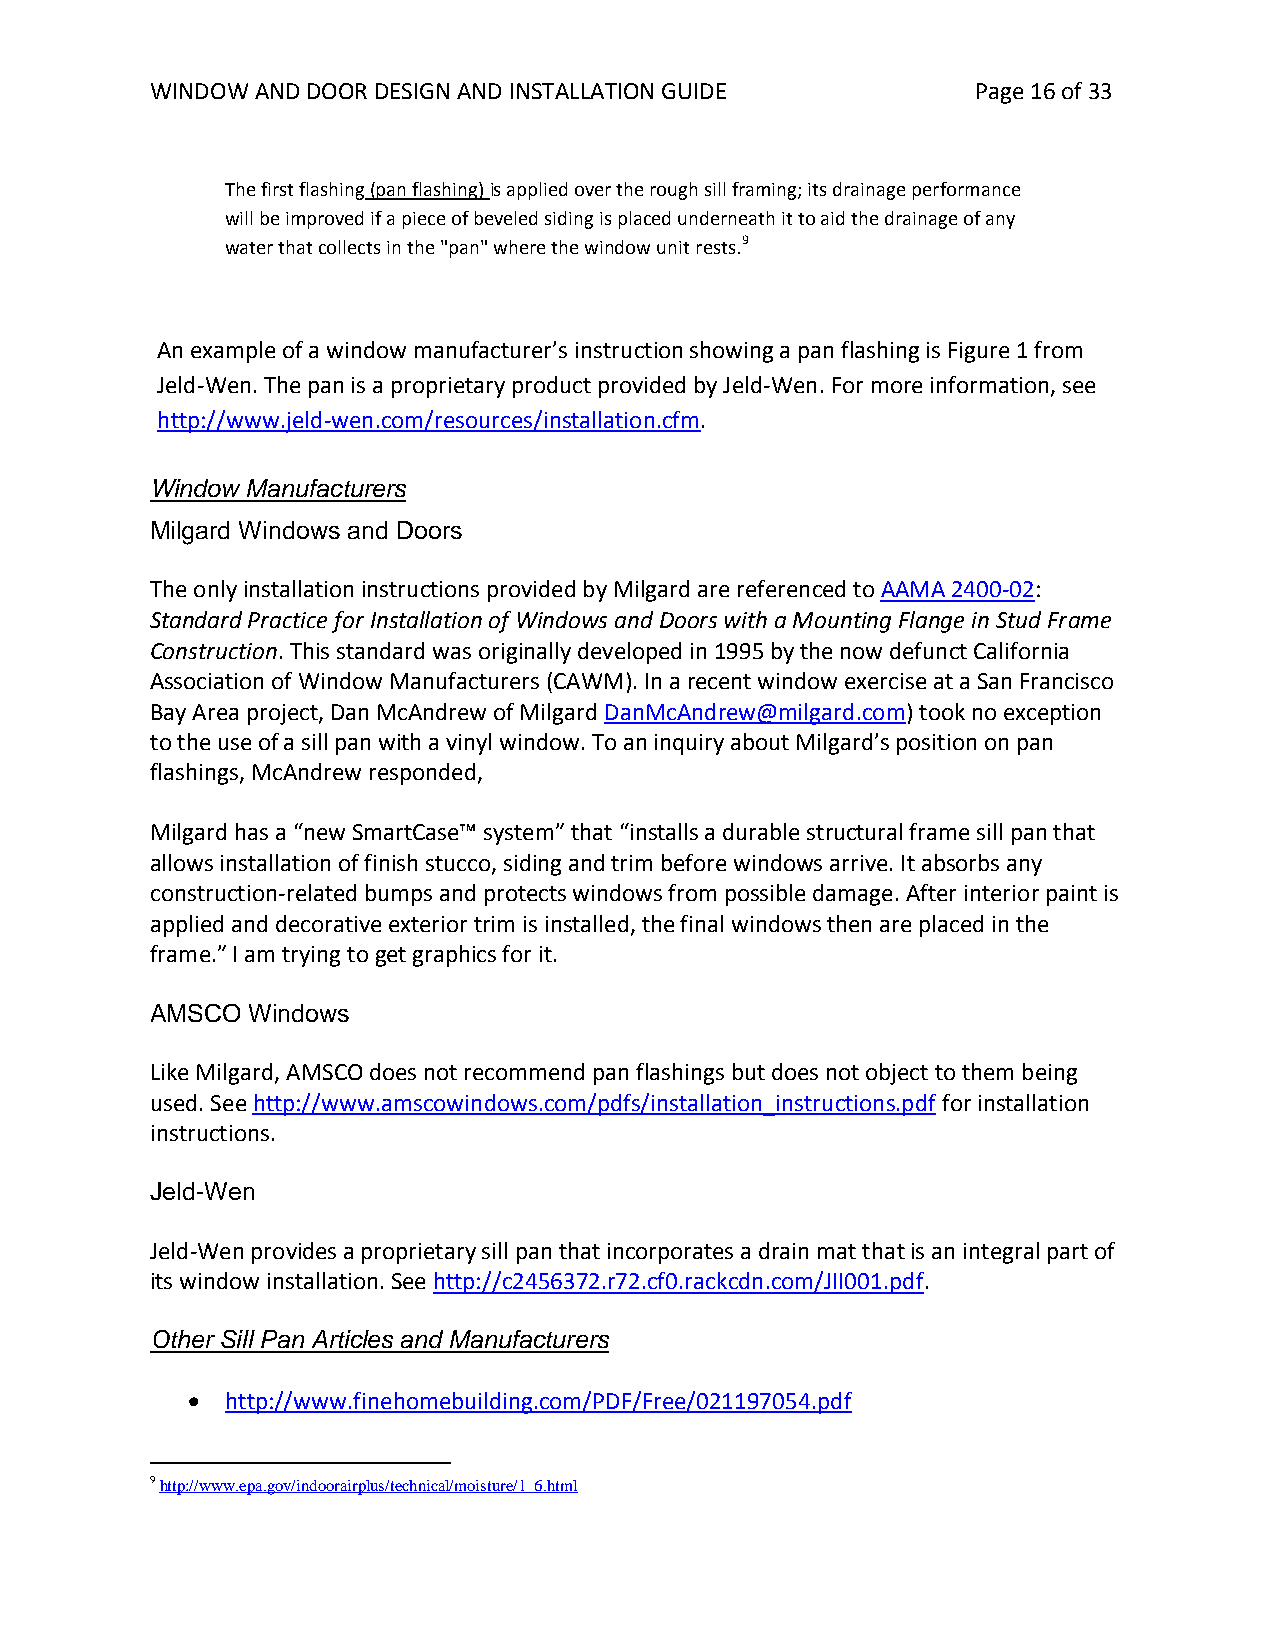
WINDOW AND DOOR DESIGN AND INSTALLATION GUIDE          Page 16 of 33
 The first flashing (pan flashing) is applied over the rough sill framing; its drainage performance
 will be improved if a piece of beveled siding is placed underneath it to aid the drainage of any
 water that collects in the "pan" where the window unit rests.9
 An example of a window manufacturer’s instruction showing a pan flashing is Figure 1 from
 Jeld-Wen. The pan is a proprietary product provided by Jeld-Wen. For more information, see
 http://www.jeld-wen.com/resources/installation.cfm.
 Window Manufacturers
 Milgard Windows and Doors
 The only installation instructions provided by Milgard are referenced to AAMA 2400-02:
 Standard Practice for Installation of Windows and Doors with a Mounting Flange in Stud Frame
 Construction. This standard was originally developed in 1995 by the now defunct California
 Association of Window Manufacturers (CAWM). In a recent window exercise at a San Francisco
 Bay Area project, Dan McAndrew of Milgard DanMcAndrew@milgard.com) took no exception
 to the use of a sill pan with a vinyl window. To an inquiry about Milgard’s position on pan
 flashings, McAndrew responded,
 Milgard has a “new SmartCase™ system” that “installs a durable structural frame sill pan that
 allows installation of finish stucco, siding and trim before windows arrive. It absorbs any
 construction-related bumps and protects windows from possible damage. After interior paint is
 applied and decorative exterior trim is installed, the final windows then are placed in the
 frame.” I am trying to get graphics for it.
 AMSCO Windows
 Like Milgard, AMSCO does not recommend pan flashings but does not object to them being
 used. See http://www.amscowindows.com/pdfs/installation_instructions.pdf for installation
 instructions.
 Jeld-Wen
 Jeld-Wen provides a proprietary sill pan that incorporates a drain mat that is an integral part of
 its window installation. See http://c2456372.r72.cf0.rackcdn.com/JII001.pdf.
 Other Sill Pan Articles and Manufacturers
   http://www.finehomebuilding.com/PDF/Free/021197054.pdf
 9 http://www.epa.gov/indoorairplus/technical/moisture/1_6.html